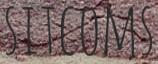
SITCOMS